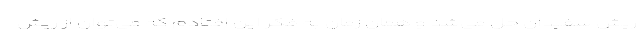
ریش سفیدان حل می‌شد و همان زمان به فکر این افتادم که می‌توان از ریش